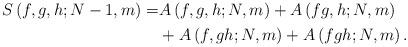
LaTeX: \begin{align*}\begin{aligned}S\left(f,g,h;N-1,m\right)=&A\left(f,g,h;N,m\right)+A\left(fg,h;N,m\right)\\&+A\left(f,gh;N,m\right)+A\left(fgh;N,m\right).\end{aligned}\end{align*}